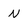
Character: N